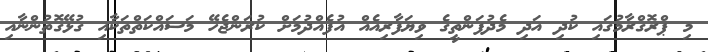
މި ޕްރޮގްރާމުގައި ކުދި އަދި މެދުފަންތީގެ ވިޔަފާރިއެއް އުފެއްދުމަށް ކުރަންޖެހޭ މަސައްކަތްތަކާއި ގުޅޭގޮތުންނާއި